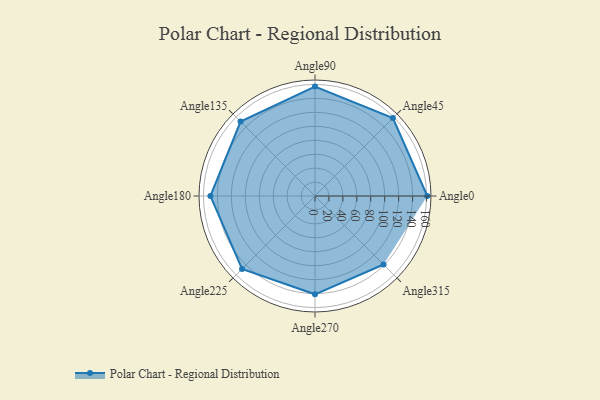
{"axis": {"x": "Angle", "y": "Radius"}, "legend": [""], "data": [{"x": "Angle0", "y": 161.0, "type": ""}, {"x": "Angle45", "y": 158.0, "type": ""}, {"x": "Angle90", "y": 157.0, "type": ""}, {"x": "Angle135", "y": 151.0, "type": ""}, {"x": "Angle180", "y": 150.0, "type": ""}, {"x": "Angle225", "y": 148.0, "type": ""}, {"x": "Angle270", "y": 141.0, "type": ""}, {"x": "Angle315", "y": 139.0, "type": ""}]}